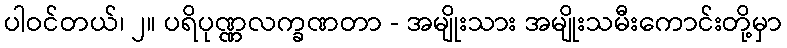
ပါဝင်တယ်၊ ၂။ ပရိပုဏ္ဏလက္ခဏတာ - အမျိုးသား အမျိုးသမီးကောင်းတို့မှာ